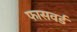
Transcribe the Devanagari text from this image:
फासवर्ड